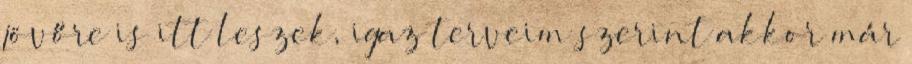
jövőre is itt leszek, igaz terveim szerint akkor már